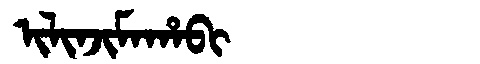
Manchu: ᡳᠯᡳᠨᠵᡳᠮᠠᡥᠠᠪᡳ
Romanization: ILINJIMAHABI